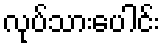
လုပ်သားပေါင်း